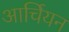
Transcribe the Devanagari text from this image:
आर्चियन